Document type: Sale
Year: 1274
Scribe: [Unknown]
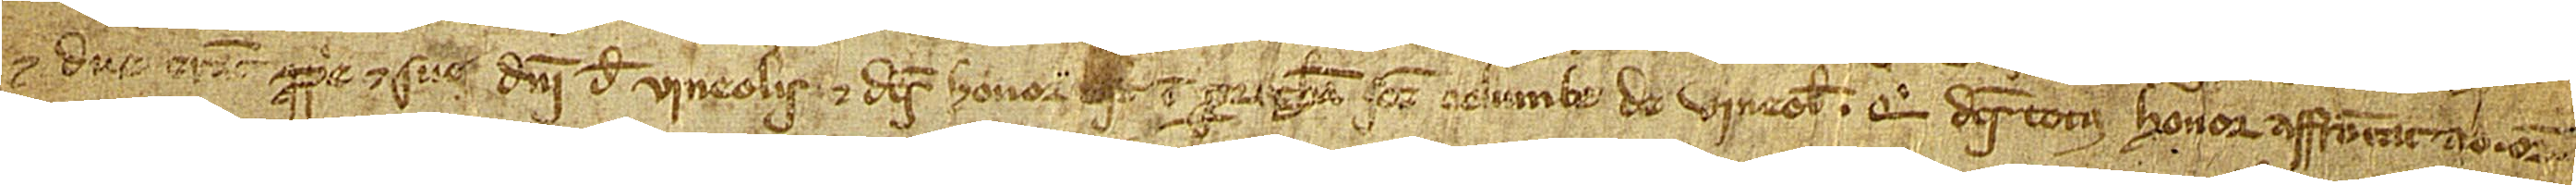
et due erant proprie et sue domini de Vineolis. Et dictus honor est in parrochia Sancte Columbe de Vineolis. Que dictus totus honor affrontat ab oriente